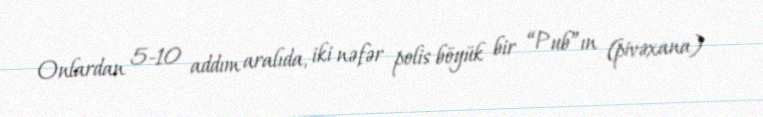
Onlardan 5-10 addım aralıda, iki nəfər polis böyük bir “Pub”ın (pivəxana)